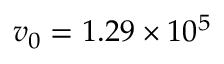
v _ { 0 } = 1 . 2 9 \times 1 0 ^ { 5 }